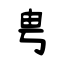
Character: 甹